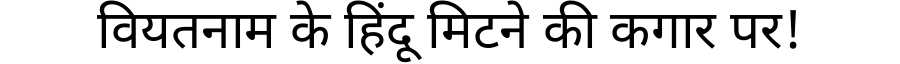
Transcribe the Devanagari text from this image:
वियतनाम के हिंदू मिटने की कगार पर!